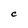
Character: C